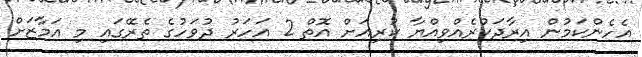
އެހެންކަމުން އިރާދަކުރެއްވިއްޔާ ކުރިއަށް އޮތް 2 އަހަރު ދުވަހުގެ ތެރޭގައި މި އަމާޒަށް